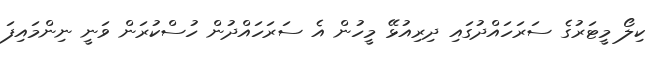
ކިލޯ މީޓަރުގެ ސަރަހައްދުގައި ދިރިއުޅޭ މީހުން އެ ސަރަހައްދުން ހުސްކުރަން ވަނީ ނިންމައިފަ